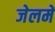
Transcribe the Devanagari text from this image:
जेलमें